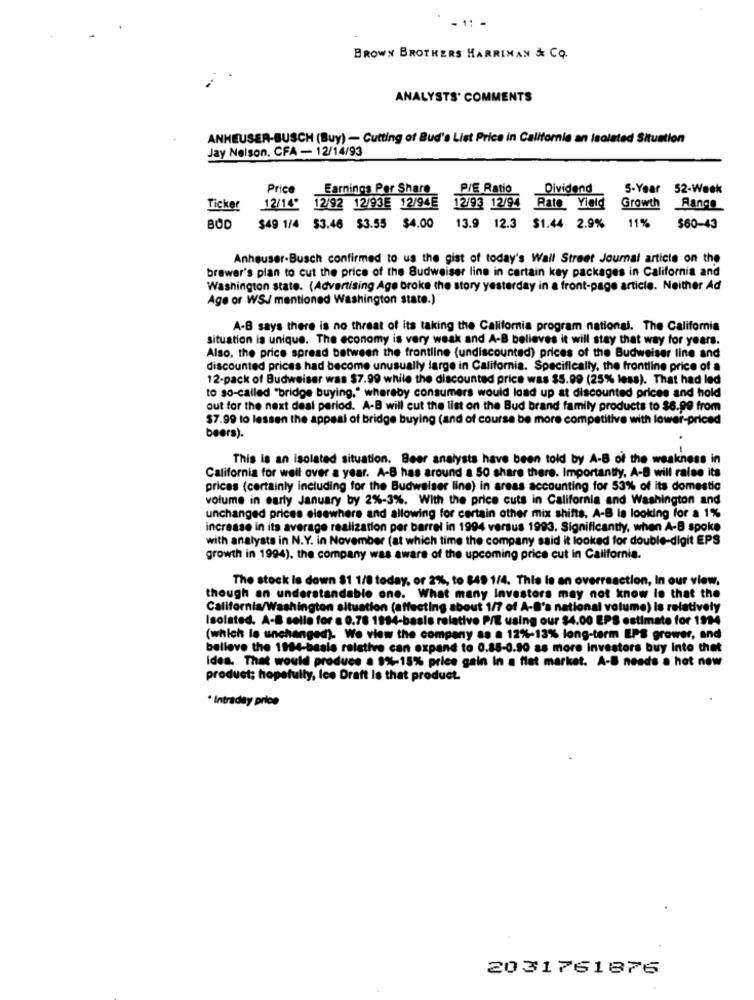
- 11 -
BROWN BROTHERS HARRIMAN & CO.
ANALYSTS' COMMENTS
ANHEUSER-BUSCH (Buy) - Cutting of Bud's List Price in Californie an Isolated Situation
Jay Nelson, CFA - 12/14/93
Price
Earnings Per Share
P/E Ratio
Dividend
5-Year 52-Week
Ticker
12/14" 12/92 12/93E 12/94E
12/93 12/94 Rate Yield
Growth
Range
11%
BOD
$49 1/4 $3.46 $3.55 $4.00
13.9 12.3 $1.44 2.9%
$60-43
Anheuser-Busch confirmed to us the gist of today's Wall Street Journal article on the
brawer's plan to cut the price of the Budweiser line in certain kay packages in California and
Washington state. (Advertising Age broke the story yesterday in a front-page article. Neither Ad
Age or WSJ mentioned Washington state.)
A-B says there is no threat of its taking the California program national. The California
situation is unique. The economy is very weak and A-B believes it will stay that way for years.
Also, the price spread between the frontline (undiscounted) prices of the Budweiser line and
discounted prices had become unusually large in California. Specifically, the frontline price of a
12-pack of Budweiser was $7.99 while the discounted price was $5.99 (25% less). That had led
to so-called "bridge buying," whereby consumers would load up at discounted prices and hold
out for the next deal period. A-B will cut the list on the Bud brand family products to $6.99 from
$7.99 to lessen the appeal of bridge buying (and of course be more competitive with lower-priced
beers).
- -
This is an isolated situation. Beer analysts have been told by A-B of the weakness in
California for well over a year. A-8 has around a 50 share there. Importantly, A-B will rales its
prices (certainly including for the Budweiser line) in areas accounting for 53% of its domestic
volume in early January by 2%-3%. With the price cuts in California and Washington and
unchanged prices elsewhere and allowing for certain other mix shifts. A-B is looking for a 1%
increase in its average realization per barrel in 1994 versus 1993. Significantly, when A-B spoke
with analysts in N.Y. in November (at which time the company said it looked for double-digit EPS
growth in 1994), the company was aware of the upcoming price cut in California.
The stock Is down $1 1/8 today, or 2%, to $49 1/4. This le an overreaction, In our view.
though an understandable one. What many Investors may not know is that the
California/Washington situation (affecting about 1/7 of A-B's national volume) is relatively
Isolated. A-B selle for a 0.78 1884-basis relative P/E using our $4.00 EPS estimate for 1914
(which lo unchanged). We view the company as a 12%-13% long-term EPS grower, and
believe the 1984-basle relative can expand to 0.85-0.90 as more Investors buy Into thet
Idea. That would produce a 9%-15% price gain in a flat market. A-B needs a hot new
product; hopefully, lce Draft Is that product.
* Intraday price
2031761876